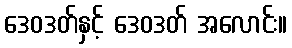
ဒေဝဒတ်နှင့် ဒေဝဒတ် အလောင်း။